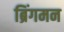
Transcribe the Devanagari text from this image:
ब्रिंगमन